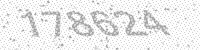
Solution: 178624